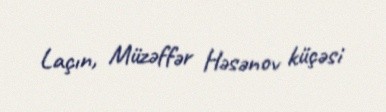
Laçın, Müzəffər Həsənov küçəsi